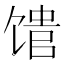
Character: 𬳈